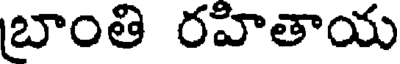
బాంతి రహితాయ